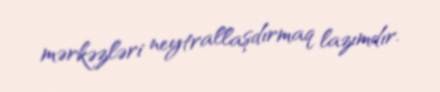
mərkəzləri neytrallaşdırmaq lazımdır.